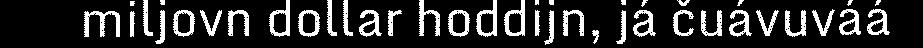
miljovn dollar hoddijn, já čuávuváá